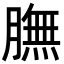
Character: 膴